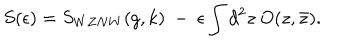
LaTeX: S ( \epsilon ) = S _ { W Z N W } ( g , k ) ~ - ~ \epsilon \int d ^ { 2 } z ~ O ( z , \bar { z } ) .